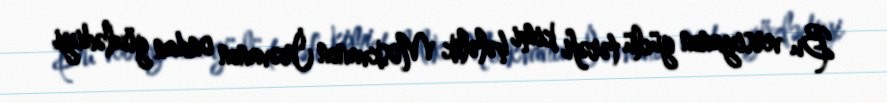
Bu versiyanın güclü tərəfi kimi hələlik Moskvanın İrəvanın ondan gözlədiyi